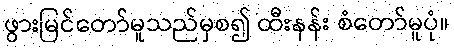
ဖွားမြင်တော်မူသည်မှစ၍ ထီးနန်း စံတော်မူပုံ။